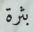
بثرة